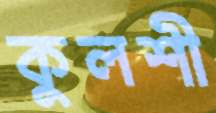
কুলশী